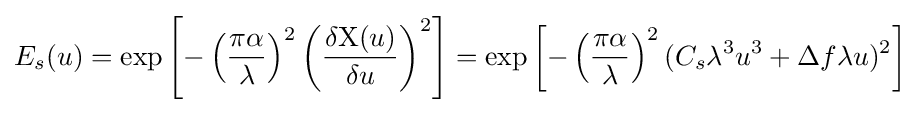
E_{s}(u)=\exp \left[-\left({\frac {\pi \alpha }{\lambda }}\right)^{2}\left({\frac {\delta \mathrm {X} (u)}{\delta u}}\right)^{2}\right]=\exp \left[-\left({\frac {\pi \alpha }{\lambda }}\right)^{2}(C_{s}\lambda ^{3}u^{3}+\Delta f\lambda u)^{2}\right]